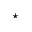
^ { \star }